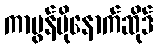
ကာဗွန်မိုနောက်ဆိုဒ်